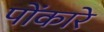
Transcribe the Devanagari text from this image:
पोंकारे